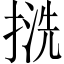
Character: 𢱓